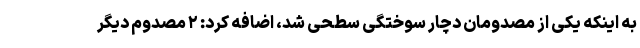
به اینکه یکی از مصدومان دچار سوختگی سطحی شد، اضافه کرد: ۲ مصدوم دیگر